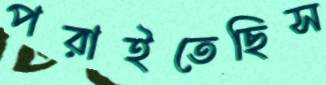
পরাইতেছিস